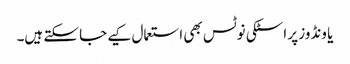
یا ونڈوز پر اسٹکی نوٹس بھی استعمال کیے جا سکتے ہیں۔